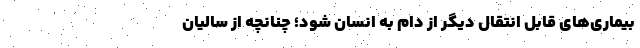
بیماری‌های قابل انتقال دیگر از دام به انسان شود؛ چنانچه از سالیان